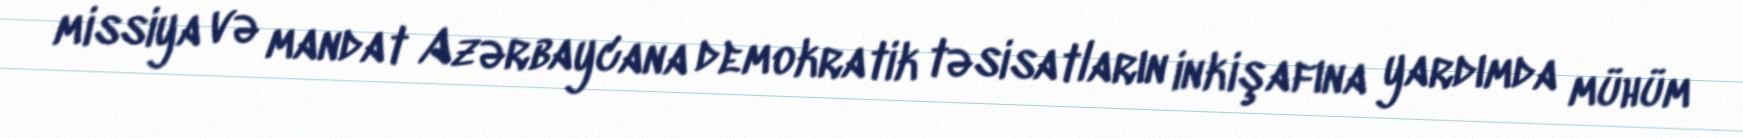
missiya və mandat Azərbaycana demokratik təsisatların inkişafına yardımda mühüm